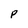
Character: P